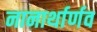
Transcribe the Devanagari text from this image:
नानार्थार्णव